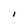
Character: I